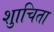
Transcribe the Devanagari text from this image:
शुाचिता